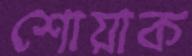
শোয়াক